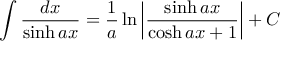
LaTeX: \int { \frac { d x } { \sinh a x } } = { \frac { 1 } { a } } \ln \left| { \frac { \sinh a x } { \cosh a x + 1 } } \right| + C